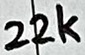
Text: 22k